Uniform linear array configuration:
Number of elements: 32
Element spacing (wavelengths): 0.5
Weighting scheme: binomial
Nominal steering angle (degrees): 30
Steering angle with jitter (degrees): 29.729
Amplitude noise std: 0.05
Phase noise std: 0.05

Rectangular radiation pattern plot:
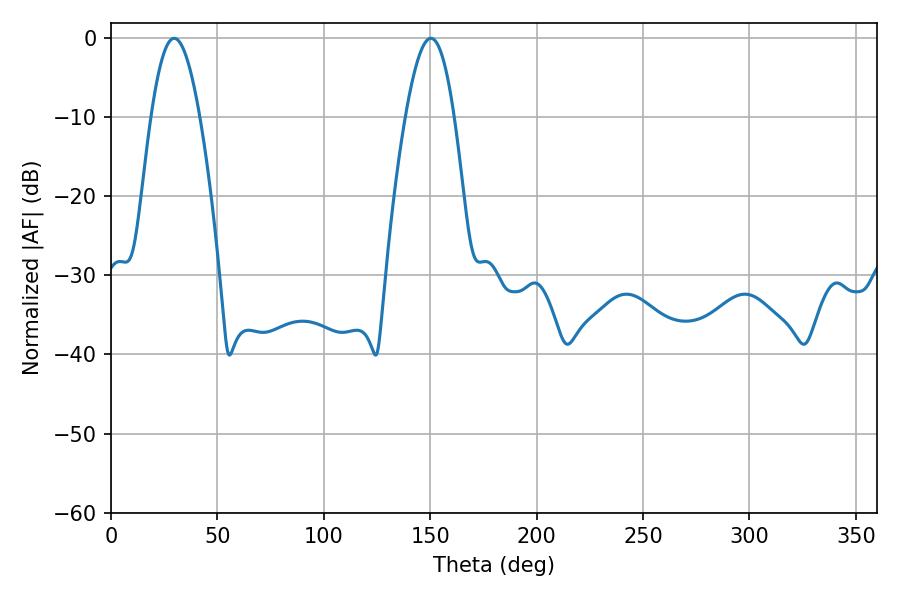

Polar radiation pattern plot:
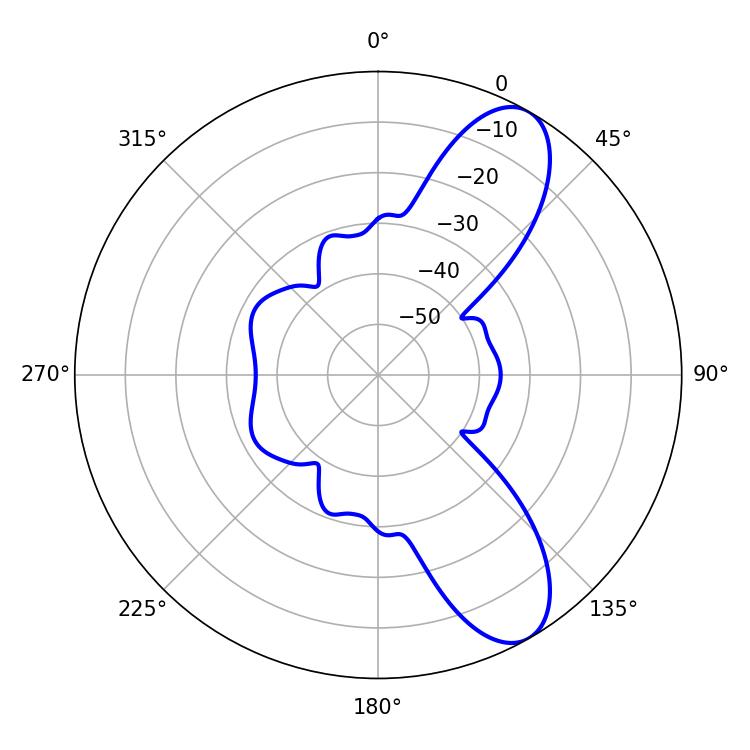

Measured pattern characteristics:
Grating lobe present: FALSE
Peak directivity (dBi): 9.334
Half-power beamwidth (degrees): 12.42
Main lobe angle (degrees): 29.7